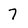
Character: 7